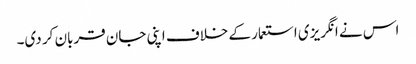
اس نے انگریزی استعمار کے خلاف اپنی جان قربان کر دی۔